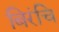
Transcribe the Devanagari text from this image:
बिरंचि